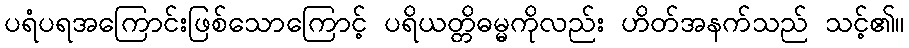
ပရံပရအကြောင်းဖြစ်သောကြောင့် ပရိယတ္တိဓမ္မကိုလည်း ဟိတ်အနက်သည် သင့်၏။